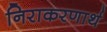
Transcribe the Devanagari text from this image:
निराकरणार्थ